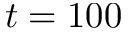
t = 1 0 0